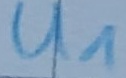
Text: U1